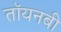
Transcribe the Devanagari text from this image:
तॉयनबी